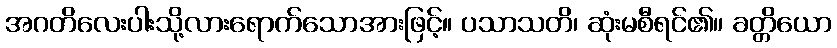
အဂတိလေးပါးသို့လားရောက်သောအားဖြင့်။ ပသာသတိ၊ ဆုံးမစီရင်၏။ ခတ္တိယော